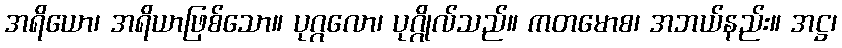
အရိယော၊ အရိယာဖြစ်သော။ ပုဂ္ဂလော၊ ပုဂ္ဂိုလ်သည်။ ကတမောစ၊ အဘယ်နည်း။ အဋ္ဌ၊